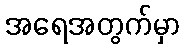
အရေအတွက်မှာ